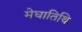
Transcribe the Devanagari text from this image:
मेघातिथि